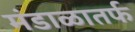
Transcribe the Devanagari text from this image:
मंडाळातर्फ